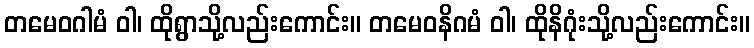
တမေဝဂါမံ ဝါ၊ ထိုရွာသို့လည်းကောင်း။ တမေဝနိဂမံ ဝါ၊ ထိုနိဂုံးသို့လည်းကောင်း။